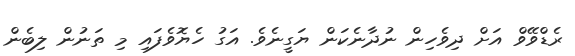
ރެޑްވޭވް އަށް ދިވެހިން ނުދާނެކަން ޔަގީނެވެ. އަގު ހެޔޮވެފައި މި ތަނުން ލިބެން